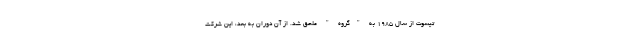
تیسوت از سال 1985 به "گروه " ملحق شد. از آن دوران به بعد، این شرکت